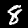
Digit: 8